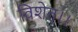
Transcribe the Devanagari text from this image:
विशेत्।।